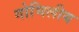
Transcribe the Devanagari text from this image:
गोभिलीय